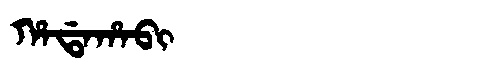
Manchu: ᡥᠠᡩᠠᡥᠠᠪᡳ
Romanization: HADAHABI